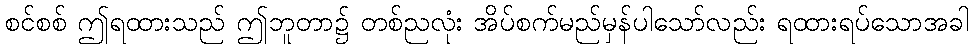
စင်စစ် ဤရထားသည် ဤဘူတာ၌ တစ်ညလုံး အိပ်စက်မည်မှန်ပါသော်လည်း ရထားရပ်သောအခါ